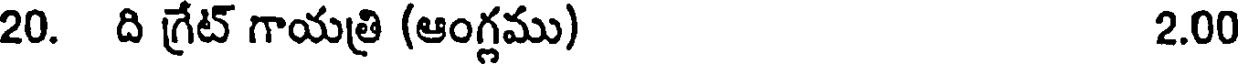
20. ది గ్రేట్ గాయత్రి (ఆంగ్లము) 2.00